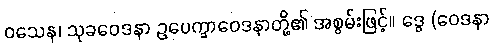
ဝသေန၊ သုခဝေဒနာ ဥပေက္ခာဝေဒနာတို့၏ အစွမ်းဖြင့်။ ဒွေ (ဝေဒနာ